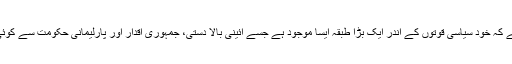
وہ مسئلہ یہ ہے کہ خود سیاسی قوتوں کے اندر ایک بڑا طبقہ ایسا موجود ہے جسے آئینی بالا دستی، جمہوری اقدار اور پارلیمانی حکومت سے کوئی غرض نہیں۔